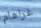
غراهام